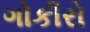
ગોકીરો